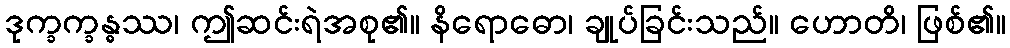
ဒုက္ခက္ခန္ဓဿ၊ ဤဆင်းရဲအစု၏။ နိရောဓော၊ ချုပ်ခြင်းသည်။ ဟောတိ၊ ဖြစ်၏။